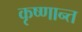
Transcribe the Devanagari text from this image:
कृष्णान्त